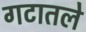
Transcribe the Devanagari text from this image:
गटातले